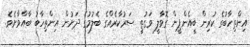
އިންތިހާބުގެ ކުރިން ބީއެންޕީން ގޮވާލީ ވަގުތީ ސަރުކާރެއްގެ ބެލުމުގެ ދަށުން އިިންތިހާބު ބާއްވާށެވެ.